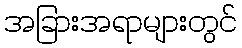
အခြားအရာများတွင်